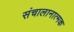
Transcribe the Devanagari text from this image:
संचालानात्मक